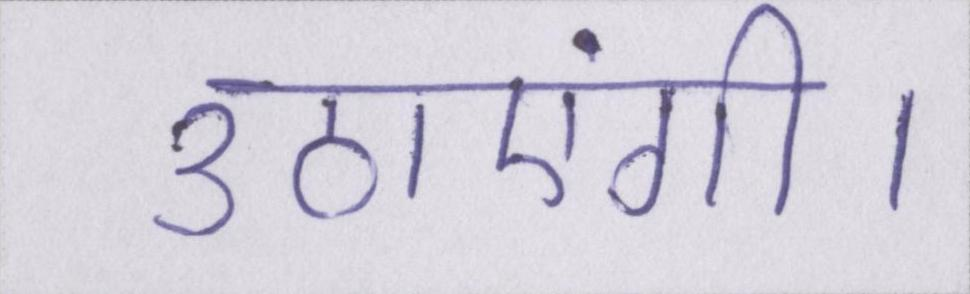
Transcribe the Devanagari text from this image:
उठाएंगी।